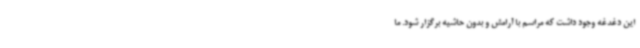
این دغدغه وجود داشت که مراسم با آرامش و بدون حاشیه برگزار شود. ما